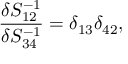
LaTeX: \frac { \delta S _ { 1 2 } ^ { - 1 } } { \delta S _ { 3 4 } ^ { - 1 } } = \delta _ { 1 3 } \delta _ { 4 2 } ,